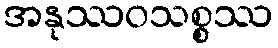
အနုဿဝသစ္စဿ